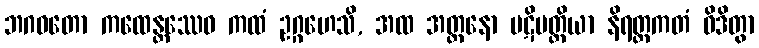
ဘဂဝတော ကထေန္တဿေဝ ကထံ ဥဂ္ဂဟေသိ, အထ အတ္တနော ပဋိပတ္တိယာ နိရတ္ထကတံ ဝိဒိတွာ